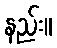
နည်း။